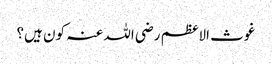
غوث الاعظم رضی اللہ عنہ کون ہیں؟